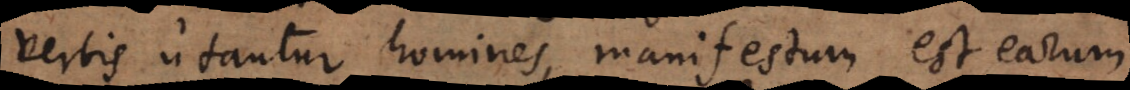
verbis utantur homines, manifestum est earum